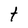
Character: t